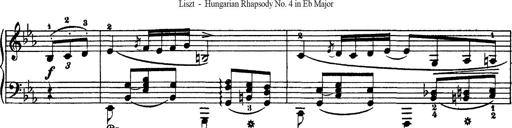
Title: Hungarian Rhapsody No.4
Composer: Franz Liszt
Key: E-flat major